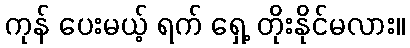
ကုန် ပေးမယ့် ရက် ရှေ့ တိုးနိုင်မလား။